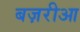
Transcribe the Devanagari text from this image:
बज़रीआ